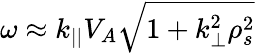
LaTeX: \omega\approx k_{||}V_{A}\sqrt{1+k_{\perp}^{2}\rho_{s}^{2}}